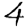
Digit: 4